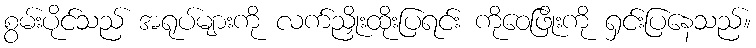
စွမ်းပိုင်သည် အရုပ်များကို လက်ညှိုးထိုးပြရင်း ကိုဝေဖြိုးကို ရှင်းပြနေသည်။